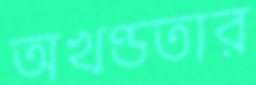
অখণ্ডতার